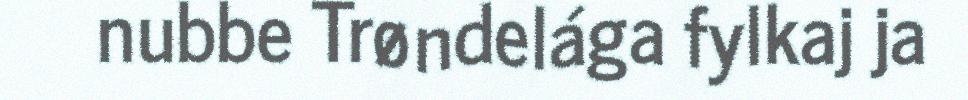
nubbe Trøndelága fylkaj ja